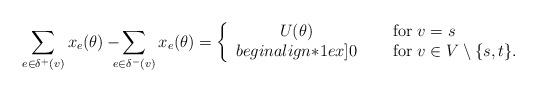
LaTeX: \begin{align*}\sum_{e \in \delta^+(v)} x_e (\theta) -\!\!\!\!\sum_{e \in \delta^-(v)} x_e (\theta) =\left\{\begin{array}{cl}U(\theta)&\quad\mbox{ for $v=s$}\\begin{align*}1ex]0&\quad\mbox{ for $v \in V \setminus \{ s,t \}$.}\end{array}\right.\end{align*}